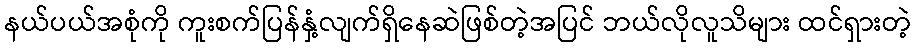
နယ်ပယ်အစုံကို ကူးစက်ပြန်နှံ့လျက်ရှိနေဆဲဖြစ်တဲ့အပြင် ဘယ်လိုလူသိများ ထင်ရှားတဲ့